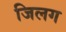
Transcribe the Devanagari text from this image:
जिलग